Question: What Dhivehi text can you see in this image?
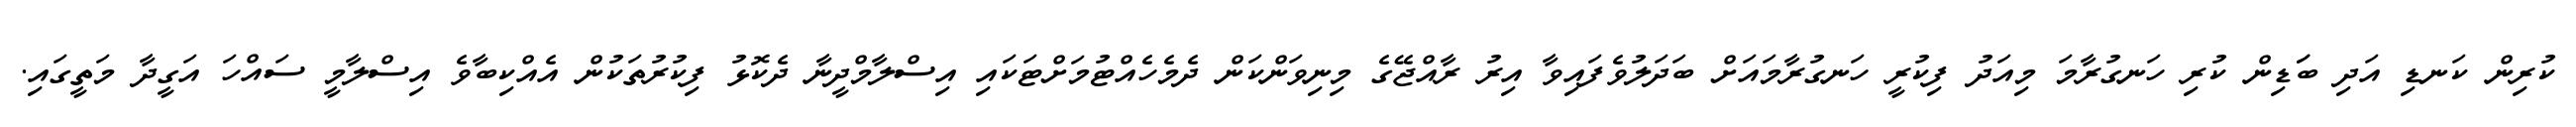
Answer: ކުރިން ކަނޑި އަދި ބަަޑިން ކުރި ހަނގުރާމަ މިއަދު ފިކުރީ ހަނގުރާމައަށް ބަދަލުވެފައިވާ އިރު ރާއްޖޭގެ މިނިވަންކަން ދެމެހެއްޓުމަށްޓަކައި އިސްލާމްދީނާ ދެކޮޅު ފިކުރުތަކުން އެއްކިބާވެ އިސްލާމީ ސައްހަ އަގީދާ މަތީގައި.